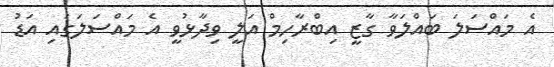
އެ މައްސަލަ ބައްލަވާ ގާޒީ އިބްރާހިމް އަލީ ވިދާޅުވީ އެ މައްސަލަގައި އަޑު